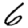
Digit: 6